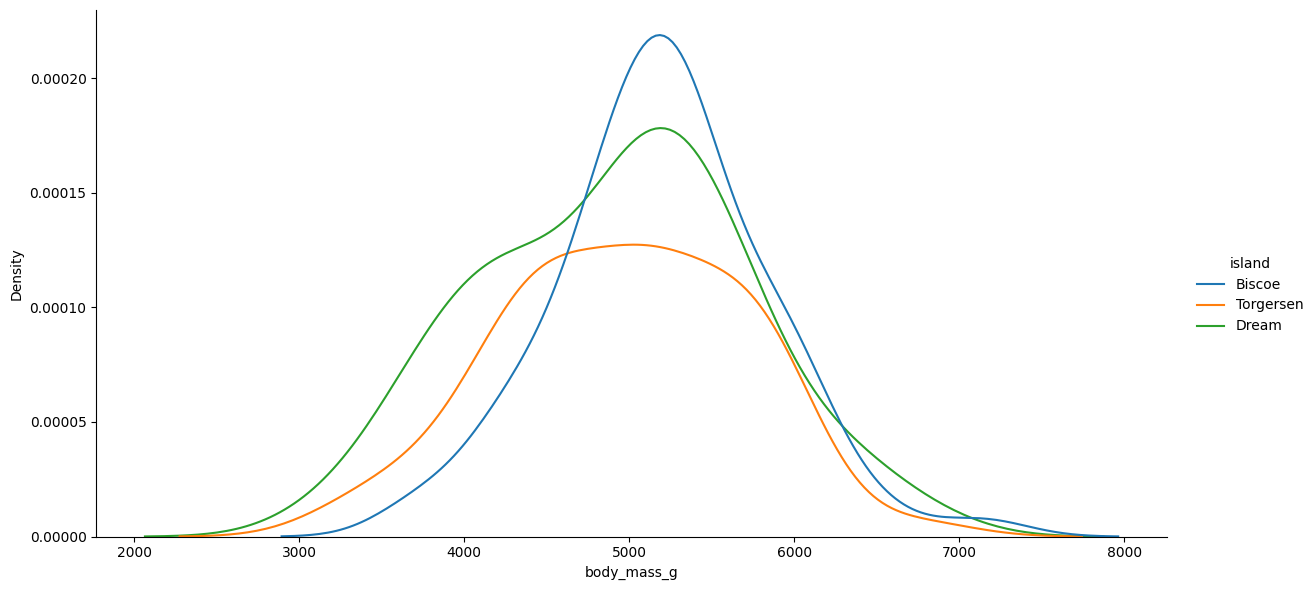
python, seaborn, displot, kind='kde', column='body_mass_g', hue='island', height=6, aspect=2.0